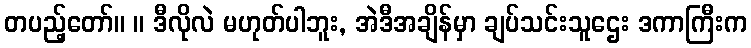
တပည့်တော်။ ။ ဒီလိုလဲ မဟုတ်ပါဘူး, အဲဒီအချိန်မှာ ချပ်သင်းသူဌေး ဒကာကြီးက